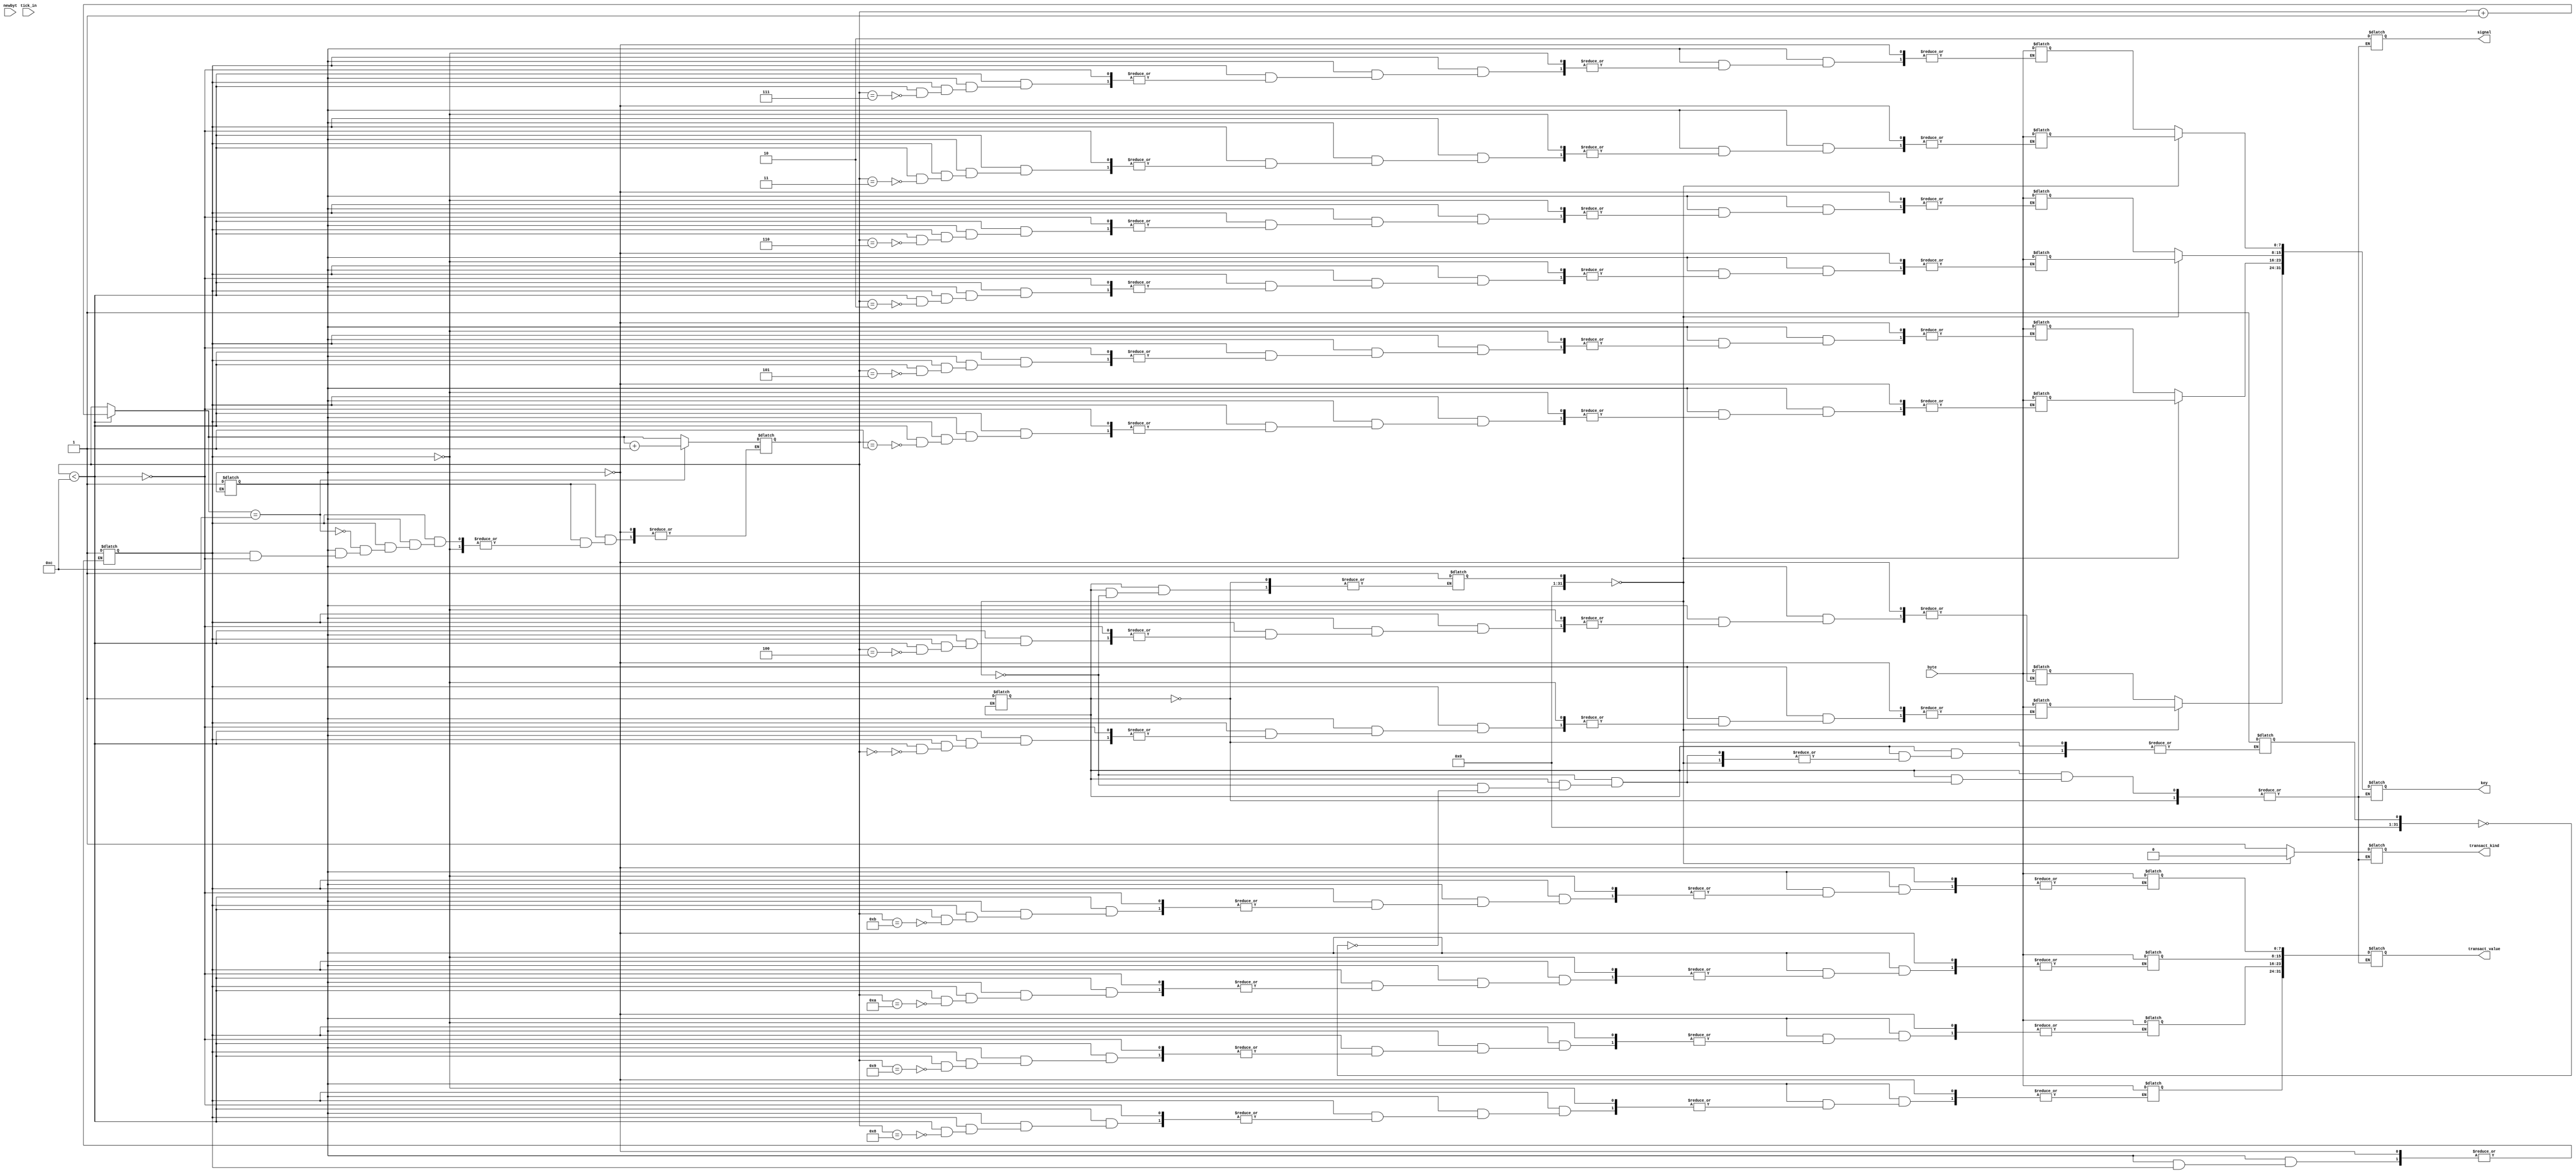
module transfer (
    input [7:0] byte,
    input newbyt,
    output reg [1:0] signal,
    output reg [31:0] key,
    output reg transact_kind,
    output reg [31:0] transact_value,
    input tick_in
);

    reg init1 = 0;
    reg [7:0] packet [11:0];
    reg [3:0] i;
    reg trigger;
    reg init2 = 0;
    reg init3 = 0;
    reg init_trig = 0;
    integer doneflag;
    integer doneflag2;
    wire ticktock;

    assign ticktock = tick_in & trigger;
    
    initial begin
        init1 = 0;
        i = 0;
        init2 = 0;
        init3 = 0;
        doneflag = 0;
        doneflag2 = 0;
        trigger = 0;
    end

    always@(newbyt) begin
        if(init1 == 0) begin
            init1 = 1;
        end else begin
            if(init2 == 0) begin
                init2 = 1;
            end
            else begin
            //    if(init3 == 0) begin
            //        init3 = 1;
            //    end
            //$display("refer");
                //else begin
                    if(i < 12) begin
                        //$display("byte %d", byte);
                        //$display("i %d", i);
                        packet[i] = byte;
                        //$display("%d", packet[i]);
                        i = i+1;
                        //$display("%d, new i", i);
                        //$display("I reach here");
                        //$display("%d", packet[i]);
                    end
                    if(i == 12) begin
                        //$display("do i reach here?");
                        trigger = 1;
                        i=i+1;
                    end
                //end
            end
        end
    end

    always@(ticktock) begin
        //$display("hi");
        if(init_trig == 0) begin
            init_trig =1;
        end
        else begin
        if(doneflag == 0) begin
            //$display("hello");
        signal= 2;
        transact_kind = 0;
        key[31:24] = packet[0];
        key[23:16] = packet[1];
        key[15:8] = packet[2];
        key[7:0] = packet[3];
        transact_value[31:24] = packet[8];
        transact_value[23:16] = packet[9];
        transact_value[15:8] = packet[10];
        transact_value[7:0] = packet[11];
        $display("Debited from key %d an amount of %d", key, transact_value);
        $display("Remaining balance:");
        //$display("%d", key);
        //$display("amount %d to", transact_value);
        doneflag = 1;
        end
        else begin
        if(doneflag2 == 0) begin
        signal = 2;
        transact_kind = 1;
        key[31:24] = packet[4];
        key[23:16] = packet[5];
        key[15:8] = packet[6];
        key[7:0] = packet[7];
        transact_value[31:24] = packet[8];
        transact_value[23:16] = packet[9];
        transact_value[15:8] = packet[10];
        transact_value[7:0] = packet[11];
        $display("Credited to key %d", key);
        $display("New balance:");
        doneflag2 = 1;
        end
        end
        end
    end

endmodule